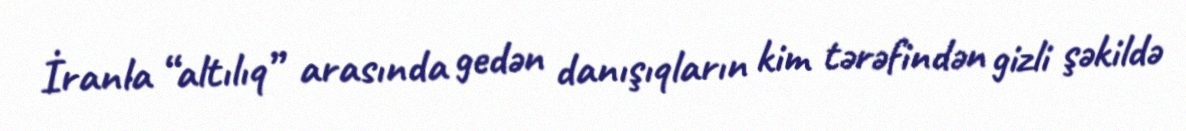
İranla “altılıq” arasında gedən danışıqların kim tərəfindən gizli şəkildə